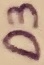
Text: D3